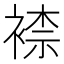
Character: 𧛮